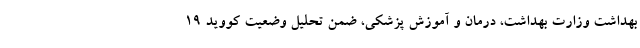
بهداشت وزارت بهداشت، درمان و آموزش پزشکی، ضمن تحلیل وضعیت کووید ۱۹